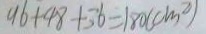
9 6 + 4 8 + 3 6 = 1 8 0 ( c m ^ { 2 } )